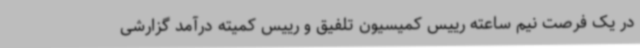
در یک فرصت نیم ساعته رییس کمیسیون تلفیق و رییس کمیته درآمد گزارشی